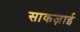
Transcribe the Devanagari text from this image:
साकज़ाई